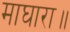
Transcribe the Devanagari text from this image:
माघारा॥